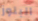
البلوز